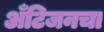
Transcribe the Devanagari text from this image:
अँटिजनचा